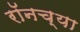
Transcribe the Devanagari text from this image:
रॉनच्या